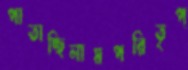
পাতাচ্ছিলামপরিতৃপ্